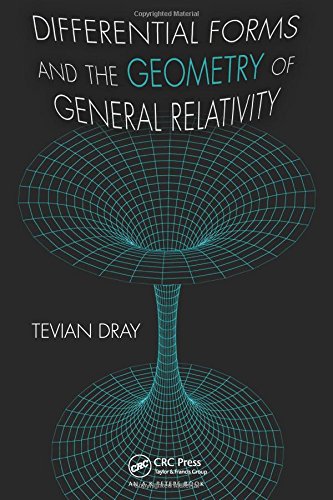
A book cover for Differential Forms and the Geometry of General Relativity; Tevian Dray; Science & Math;